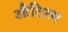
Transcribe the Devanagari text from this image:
औटिस्म